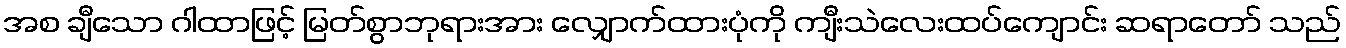
အစ ချီသော ဂါထာဖြင့် မြတ်စွာဘုရားအား လျှောက်ထားပုံကို ကျီးသဲလေးထပ်ကျောင်း ဆရာတော် သည်